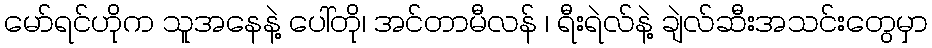
မော်ရင်ဟိုက သူအနေနဲ့ ပေါ်တို၊ အင်တာမီလန် ၊ ရီးရဲလ်နဲ့ ချဲလ်ဆီးအသင်းတွေမှာ